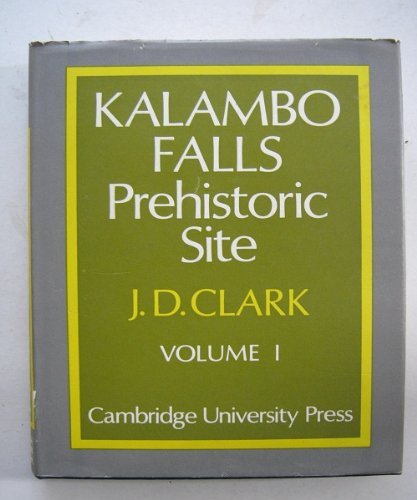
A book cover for Kalambo Falls Prehistoric Site: Volume 1: The Geology, Palaeoecology and Detailed Stratigraphy of the Excavations (Clark: Kalambo Falls Prehistoric Site) (v. 1); J. D. Clark; Travel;